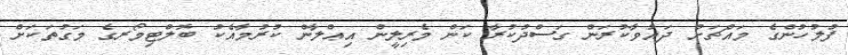
ފުލުހުންގެ މައްޗަށް ދައުވާކުރަން ގަސްދުކުރާ ކަން މެރިލީން އިޢްލާން ކުރުމާއެކު ބޮލްޓިމޯރގެ މަގުތަކަށް